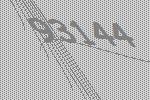
93144